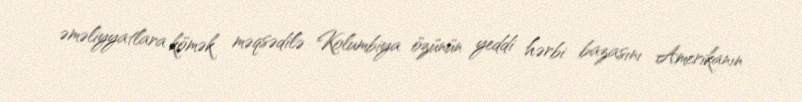
əməliyyatlara kömək məqsədilə Kolumbiya özünün yeddi hərbi bazasını Amerikanın